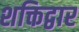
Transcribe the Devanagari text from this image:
शक्तिद्वार